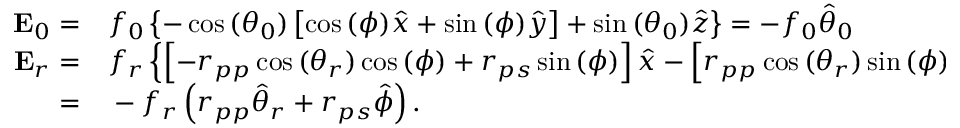
\begin{array} { r l } { \mathbf { E } _ { 0 } = } & { { } f _ { 0 } \left\{ - \cos { ( \theta _ { 0 } ) } \left[ \cos { ( \phi ) } \hat { x } + \sin { ( \phi ) } \hat { y } \right] + \sin { ( \theta _ { 0 } ) } \hat { z } \right\} = - f _ { 0 } \hat { \theta } _ { 0 } } \\ { \mathbf { E } _ { r } = } & { { } f _ { r } \left\{ \left[ - r _ { p p } \cos { ( \theta _ { r } ) } \cos { ( \phi ) } + r _ { p s } \sin { ( \phi ) } \right] \hat { x } - \left[ r _ { p p } \cos { ( \theta _ { r } ) } \sin { ( \phi ) } + r _ { p s } \cos { ( \phi ) } \right] \hat { y } + r _ { p p } \sin { ( \theta _ { r } ) } \hat { z } \right\} } \\ { = } & { { } - f _ { r } \left( r _ { p p } \hat { \theta } _ { r } + r _ { p s } \hat { \phi } \right) . } \end{array}